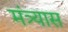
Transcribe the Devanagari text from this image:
मंत्र्यास